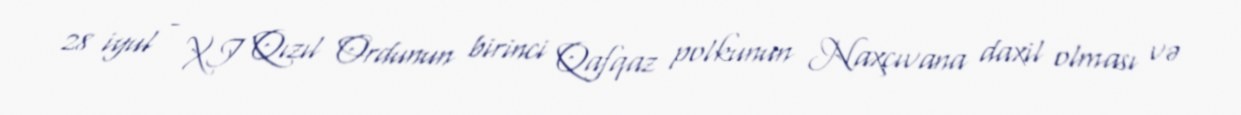
28 iyul - XI Qızıl Ordunun birinci Qafqaz polkunun Naxçıvana daxil olması və